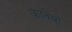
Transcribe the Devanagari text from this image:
कानेबो